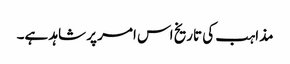
مذاہب کی تاریخ اس امر پر شاہد ہے۔